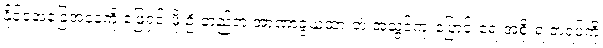
နိုင်ငံ့အခြေအနေကို ဖြေရှင်းဖို့ ဦးတည်တဲ့ အာဏာခွဲယူထားတဲ့ အသွင်ကူးပြောင်းရေးအစိုးရ တရပ်ကို